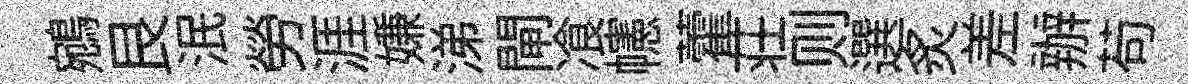
鵷艮泯勞涯嫌涕閘飡幰藿荘则選炙差辦苟